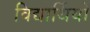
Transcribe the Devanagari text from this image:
विद्यार्थियों